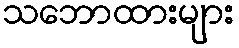
သဘောထားများ